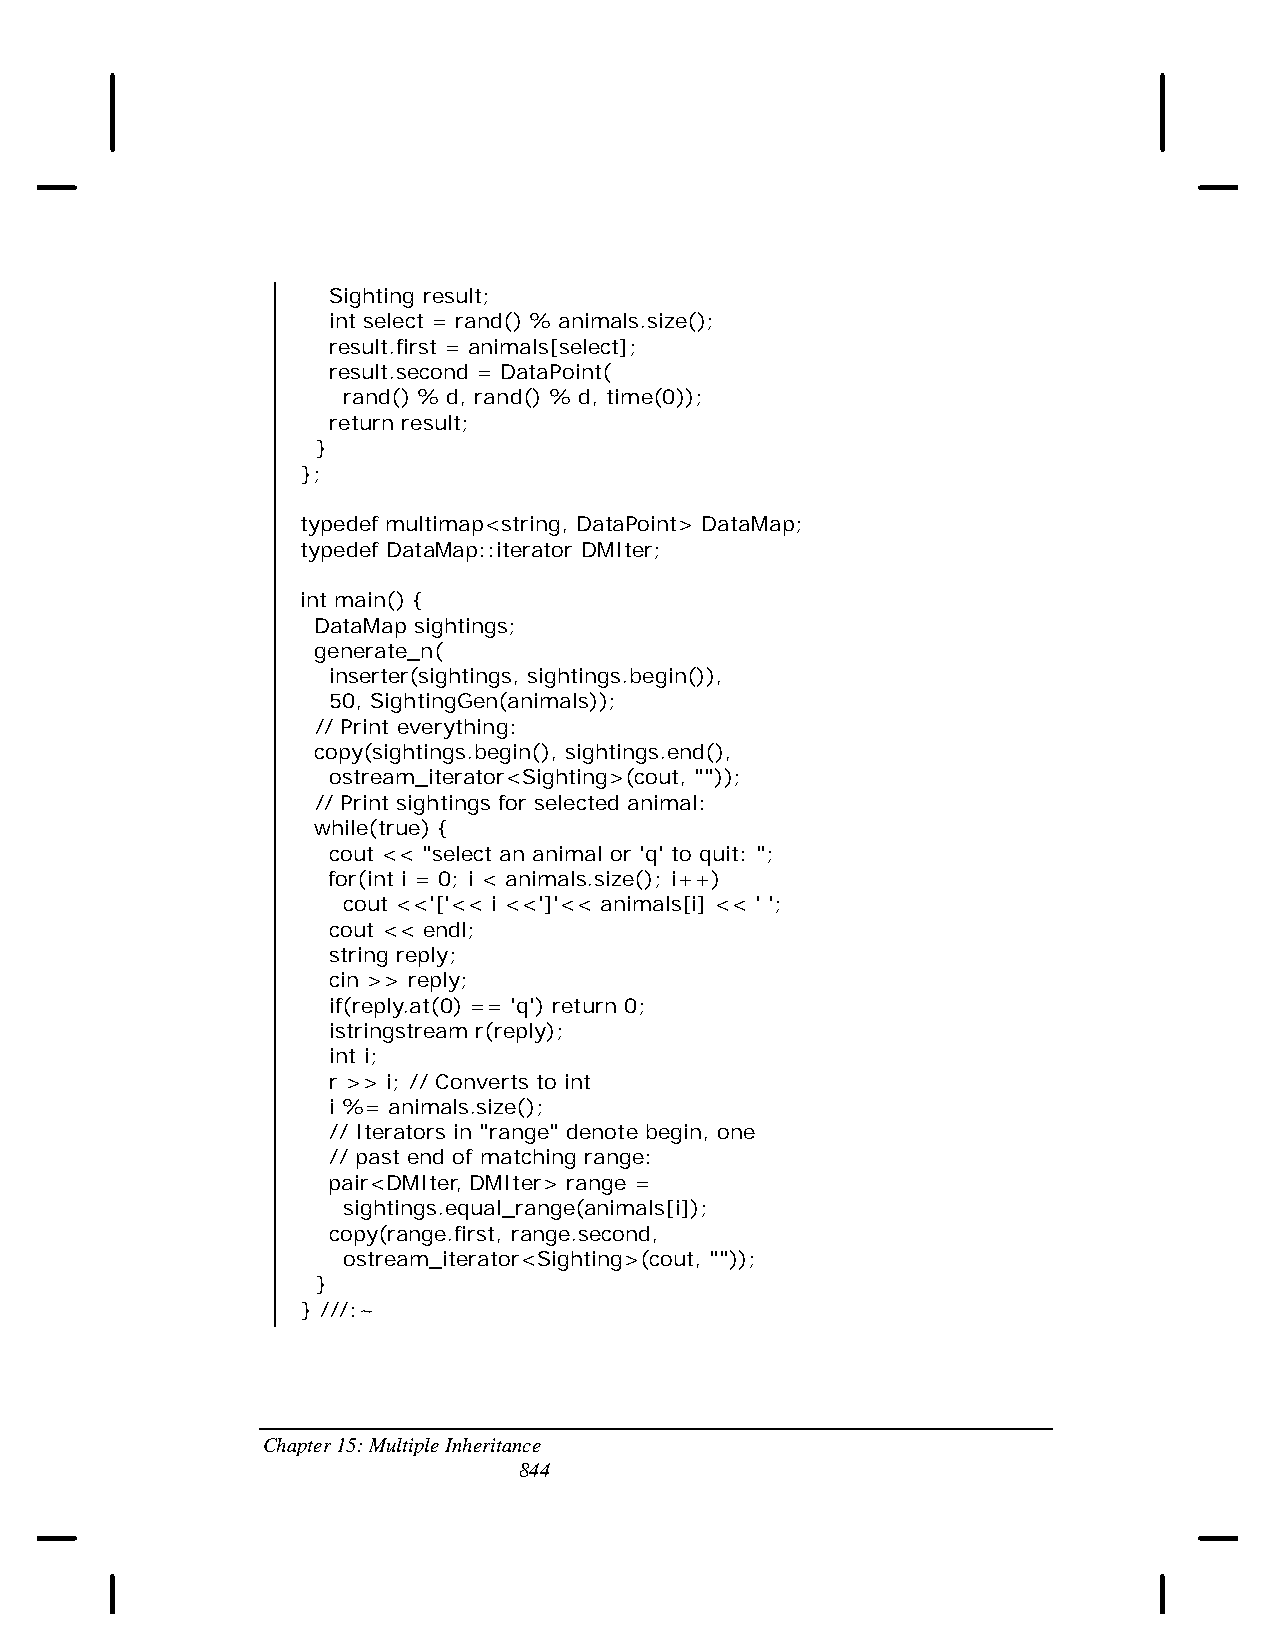
Sighting result;
 int select = rand() % animals.size();
 result.first = animals[select];
 result.second = DataPoint(
 rand() % d, rand() % d, time(0));
 return result;
 }
 };
 typedef multimap<string, DataPoint> DataMap;
 typedef DataMap::iterator DMIter;
 int main() {
 DataMap sightings;
 generate_n(
 inserter(sightings, sightings.begin()),
 50, SightingGen(animals));
 // Print everything:
 copy(sightings.begin(), sightings.end(),
 ostream_iterator<Sighting>(cout, ""));
 // Print sightings for selected animal:
 while(true) {
 cout << "select an animal or 'q' to quit: ";
 for(int i = 0; i < animals.size(); i++)
 cout <<'['<< i <<']'<< animals[i] << ' ';
 cout << endl;
 string reply;
 cin >> reply;
 if(reply.at(0) == 'q') return 0;
 istringstream r(reply);
 int i;
 r >> i; // Converts to int
 i %= animals.size();
 // Iterators in "range" denote begin, one
 // past end of matching range:
 pair<DMIter, DMIter> range =
 sightings.equal_range(animals[i]);
 copy(range.first, range.second,
 ostream_iterator<Sighting>(cout, ""));
 }
 } ///:~
 Chapter 15: Multiple Inheritance
 844